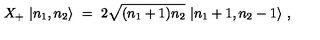
X _ { + } \ | n _ { 1 } , n _ { 2 } \rangle \ = \ 2 \sqrt { ( n _ { 1 } + 1 ) n _ { 2 } } \ | n _ { 1 } + 1 , n _ { 2 } - 1 \rangle \ ,